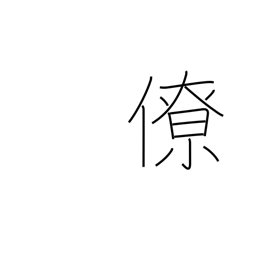
Meaning: colleague